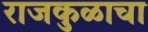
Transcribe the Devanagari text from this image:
राजकुळाचा